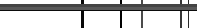
١٢